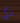
ذكي